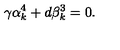
\gamma \alpha _ { k } ^ { 4 } + d \beta _ { k } ^ { 3 } = 0 .